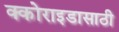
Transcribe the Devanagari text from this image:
क्कोराइडासाठी